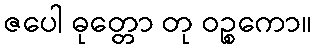
ဇပေါ ဓုတ္တော တု ဝဉ္စကော။